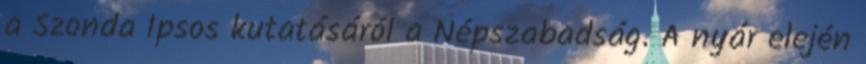
a Szonda Ipsos kutatásáról a Népszabadság. A nyár elején